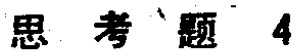
思考题 4